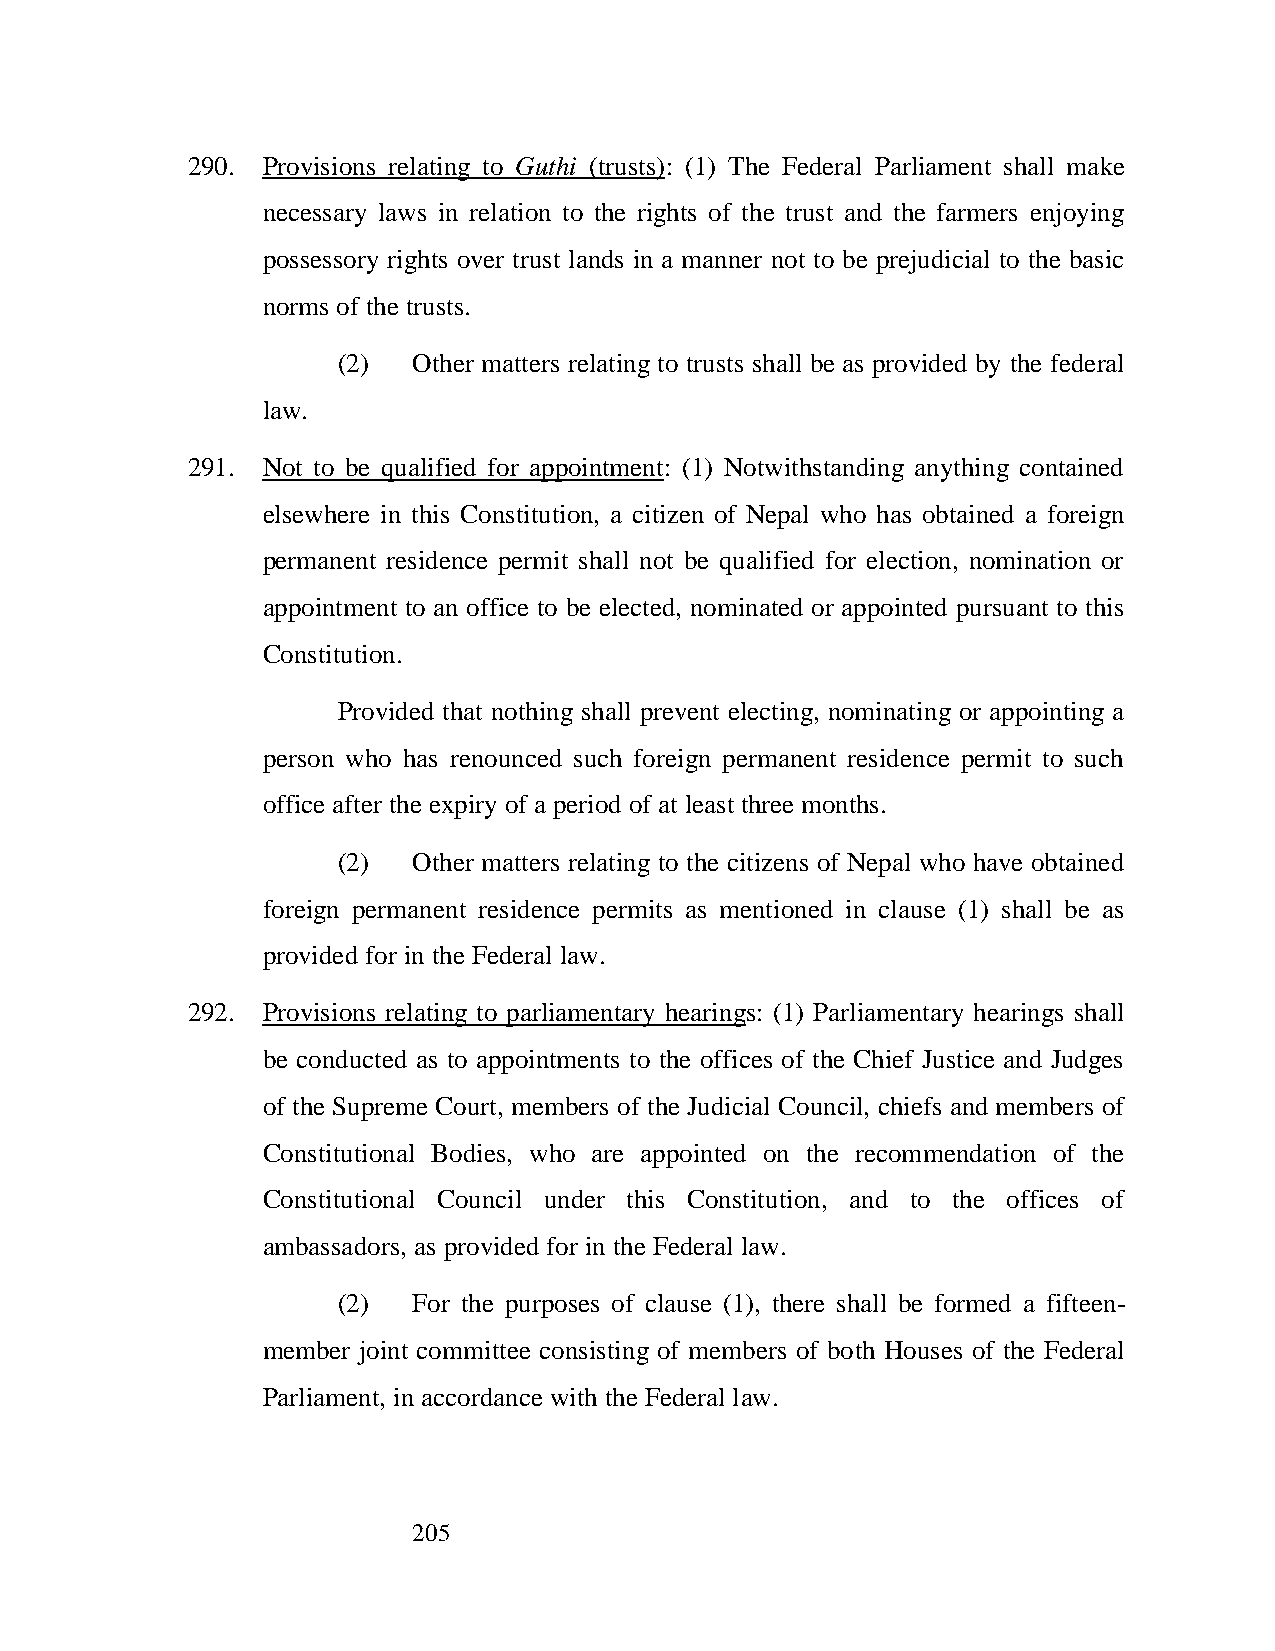
290. Provisions relating to Guthi (trusts): (1) The Federal Parliament shall make
 necessary laws in relation to the rights of the trust and the farmers enjoying
 possessory rights over trust lands in a manner not to be prejudicial to the basic
 norms of the trusts.
 (2)  Other matters relating to trusts shall be as provided by the federal
 law.
 291. Not to be qualified for appointment: (1) Notwithstanding anything contained
 elsewhere in this Constitution, a citizen of Nepal who has obtained a foreign
 permanent residence permit shall not be qualified for election, nomination or
 appointment to an office to be elected, nominated or appointed pursuant to this
 Constitution.
 Provided that nothing shall prevent electing, nominating or appointing a
 person who has renounced such foreign permanent residence permit to such
 office after the expiry of a period of at least three months.
 (2)  Other matters relating to the citizens of Nepal who have obtained
 foreign permanent residence permits as mentioned in clause (1) shall be as
 provided for in the Federal law.
 292. Provisions relating to parliamentary hearings: (1) Parliamentary hearings shall
 be conducted as to appointments to the offices of the Chief Justice and Judges
 of the Supreme Court, members of the Judicial Council, chiefs and members of
 Constitutional Bodies, who are appointed on the recommendation of the
 Constitutional Council under this Constitution, and to the offices of
 ambassadors, as provided for in the Federal law.
 (2)  For the purposes of clause (1), there shall be formed a fifteen-
 member joint committee consisting of members of both Houses of the Federal
 Parliament, in accordance with the Federal law.
 205